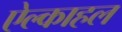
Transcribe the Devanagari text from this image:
ऐल्काहल